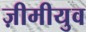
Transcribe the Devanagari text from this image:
ज़ीमीयुव